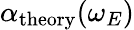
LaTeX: \alpha_{\mathrm{theory}}(\omega_{E})